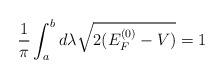
LaTeX: \begin{align*}\frac{1}{\pi} \int_{a}^{b} d\lambda \sqrt{2(E_{F}^{(0)} - V )} = 1\end{align*}